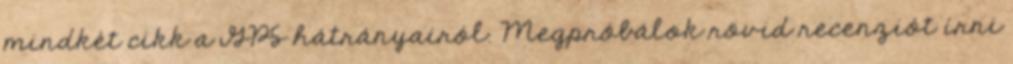
mindkét cikk a GPS hátrányairól. Megpróbálok rövid recenziót írni